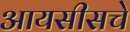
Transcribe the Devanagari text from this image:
आयसीसचे